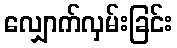
လျှောက်လှမ်းခြင်း